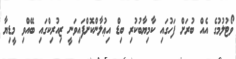
ވޯޓުލުމުގެ އެއް ބުރަށް ފަހުގައި ކާމިޔާބުކުރި ބިޑް އިޢުލާންކޮށްފައިވަނީ ޒިއުރިކްގައި ބޭއްވި މީޑިޔާ